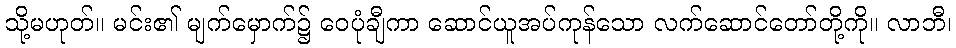
သို့မဟုတ်။ မင်း၏ မျက်မှောက်၌ ဝေပုံချီကာ ဆောင်ယူအပ်ကုန်သော လက်ဆောင်တော်တို့ကို။ လာဘီ၊